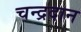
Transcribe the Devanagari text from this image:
चन्द्रदान